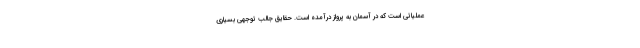
عملیاتی است که در آسمان به پرواز درآمده است. حقایق جالب توجهی بسیاری